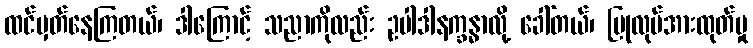
ထင်မှတ်နေကြတယ်၊ ဒါကြောင့် သညာကိုလည်း ဥပါဒါနက္ခန္ဓာလို့ ခေါ်တယ်၊ ပြုလုပ်အားထုတ်မှု